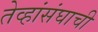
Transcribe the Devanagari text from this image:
तेव्हांसंघाची